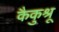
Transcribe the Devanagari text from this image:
कैकुश्रू